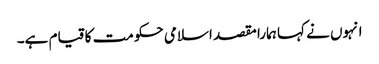
انہوں نے کہا ہمارا مقصد اسلامی حکومت کا قیام ہے۔